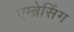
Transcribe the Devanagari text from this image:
एम्ब्रेसिंग